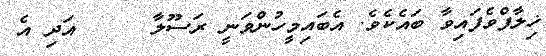
ޚިލާފްވެފައިވާ ބައެކެވެ. އެބައިމީހުންވަނީ ރަސޫލާ     އަދި އެ